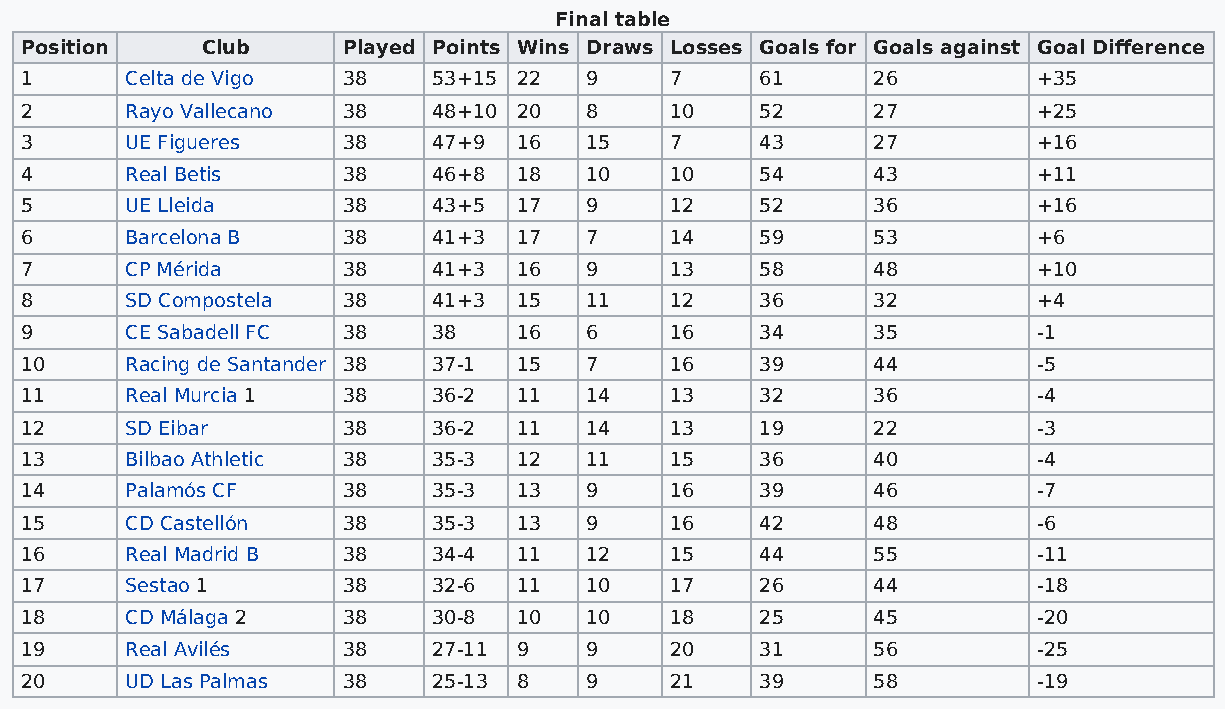
Final table
 Position    Club      Played Points Wins Draws Losses Goals for Goals against Goal Difference
 1      Celta de Vigo  38    53+15 22  9    7     61      26         +35
 2      Rayo Vallecano 38    48+10 20  8    10    52      27         +25
 3      UE Figueres    38    47+9 16   15   7     43      27         +16
 4      Real Betis     38    46+8 18   10   10    54      43         +11
 5      UE Lleida      38    43+5 17   9    12    52      36         +16
 6      Barcelona B    38    41+3 17   7    14    59      53         +6
 7      CP Mérida      38    41+3 16   9    13    58      48         +10
 8      SD Compostela  38    41+3 15   11   12    36      32         +4
 9      CE Sabadell FC 38    38   16   6    16    34      35         -1
 10     Racing de Santander 38 37-1 15 7    16    39      44         -5
 11     Real Murcia 1  38    36-2 11   14   13    32      36         -4
 12     SD Eibar       38    36-2 11   14   13    19      22         -3
 13     Bilbao Athletic 38   35-3 12   11   15    36      40         -4
 14     Palamós CF     38    35-3 13   9    16    39      46         -7
 15     CD Castellón   38    35-3 13   9    16    42      48         -6
 16     Real Madrid B  38    34-4 11   12   15    44      55         -11
 17     Sestao 1       38    32-6 11   10   17    26      44         -18
 18     CD Málaga 2    38    30-8 10   10   18    25      45         -20
 19     Real Avilés    38    27-11 9   9    20    31      56         -25
 20     UD Las Palmas  38    25-13 8   9    21    39      58         -19